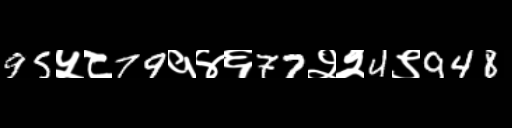
Text: 95५८79१४६77२२4९948